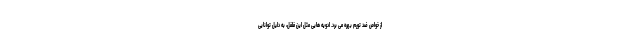
از خواص ضد تورم بهره می برد. ادویه هایی مثل این فلفل، به دلیل توانایی